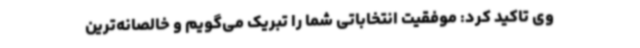
وی تاکید کرد: موفقیت انتخاباتی شما را تبریک می‌گویم و خالصانه‌ترین